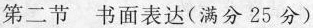
第二节 书面表达(满分25分)